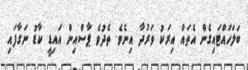
ބަލަހައްޓައިގެން އެތައް އިރަކު ވަރުދާ އިނެވެ. ތެދުވެ ޕާސްއިން އައިޑީ ކާޑު ނަގާފައި